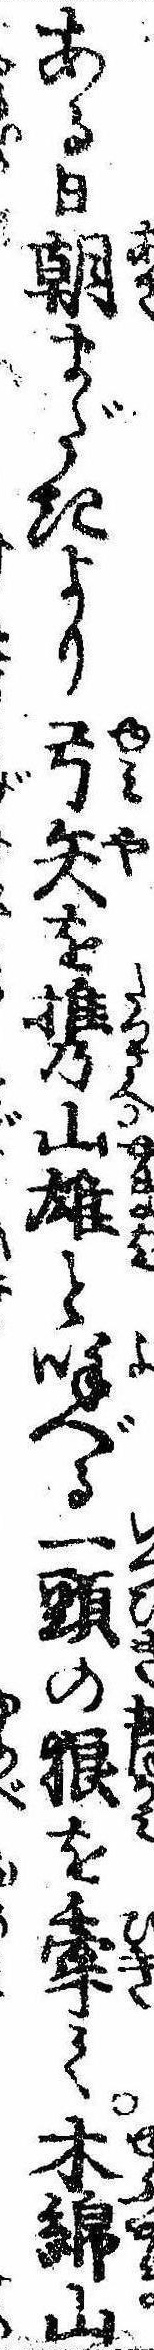
ある日朝まだきより弓矢を携山雄と呼べる一頭の狼を牽て木綿山